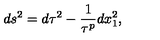
d s ^ { 2 } = d \tau ^ { 2 } - { \frac { 1 } { \tau ^ { p } } } d x _ { 1 } ^ { 2 } ,